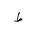
Letter: _da